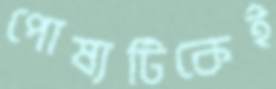
পোষ্যটিকেই